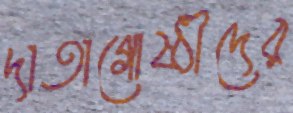
দাতাগোষ্ঠীদের